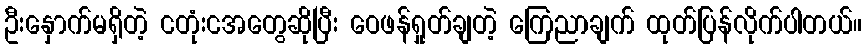
ဦးနှောက်မရှိတဲ့ ငတုံးငအတွေဆိုပြီး ဝေဖန်ရှုတ်ချတဲ့ ကြေညာချက် ထုတ်ပြန်လိုက်ပါတယ်။